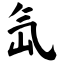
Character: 氙